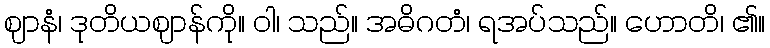
ဈာနံ၊ ဒုတိယဈာန်ကို။ ဝါ၊ သည်။ အဓိဂတံ၊ ရအပ်သည်။ ဟောတိ၊ ၏။